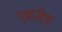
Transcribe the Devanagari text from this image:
एसजेड